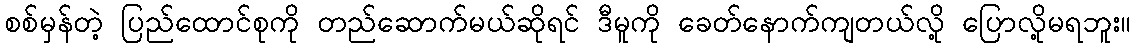
စစ်မှန်တဲ့ ပြည်ထောင်စုကို တည်ဆောက်မယ်ဆိုရင် ဒီမူကို ခေတ်နောက်ကျတယ်လို့ ပြောလို့မရဘူး။